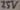
Text: 25V